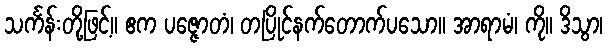
သင်္ကန်းတို့ဖြင့်။ ဧက ပဇ္ဇောတံ၊ တပြိုင်နက်တောက်ပသော။ အာရာမံ၊ ကို။ ဒိသွာ၊